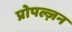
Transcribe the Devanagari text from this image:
प्रोपल्ज़न